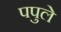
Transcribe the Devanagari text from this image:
पपुले